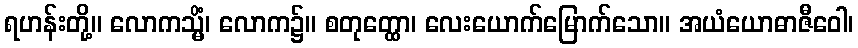
ရဟန်းတို့။ လောကသ္မိံ၊ လောက၌။ စတုတ္ထော၊ လေးယောက်မြောက်သော။ အယံယောဓာဇီဝေါ၊